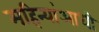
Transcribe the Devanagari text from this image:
महिन्यांआधी